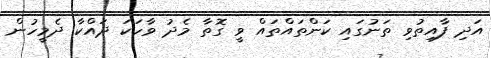
އަދި ފާއިތުވި ތަނުގައި ކަންތައްތައް ވީ ގޮތާ މެދު ވާހަކަ ދައްކާ ދެމީހުން